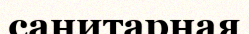
санитарная